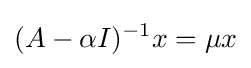
(A-\alpha I)^{-1}x=\mu x